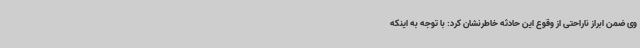
وی ضمن ابراز ناراحتی از وقوع این حادثه خاطرنشان کرد: با توجه به اینکه